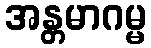
အန္တမာဂမ္မ